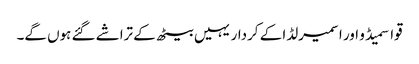
قواسمیڈو اور اسمیرلڈا کے کردار یہیں بیٹھ کے تراشے گئے ہوں گے۔